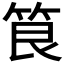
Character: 𮅐